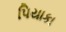
પિયાકા